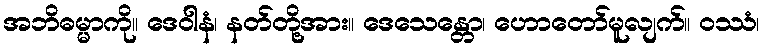
အဘိဓမ္မာကို။ ဒေဝါနံ၊ နတ်တို့အား။ ဒေသေန္တော၊ ဟောတော်မူလျက်။ ဝဿံ၊